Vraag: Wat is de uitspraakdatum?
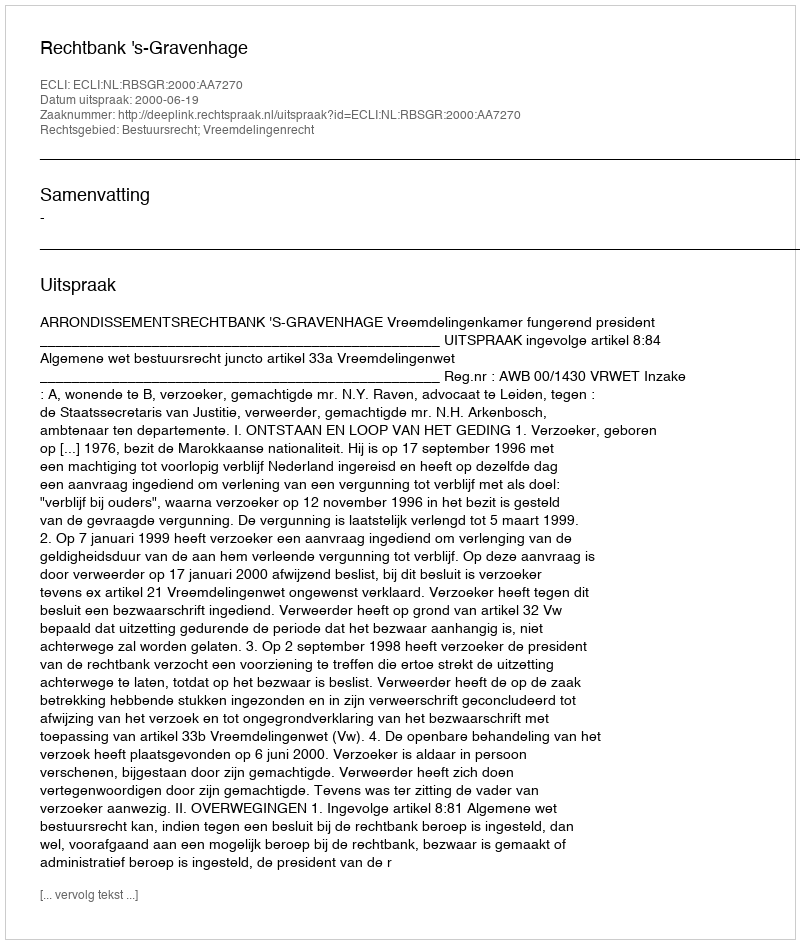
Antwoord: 2000-06-19